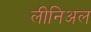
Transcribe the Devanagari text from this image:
लीनिअल